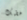
خطبك